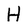
Character: H